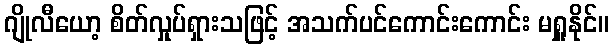
ဂျိုလီယော့ စိတ်လှုပ်ရှားသဖြင့် အသက်ပင်ကောင်းကောင်း မရှူနိုင်။